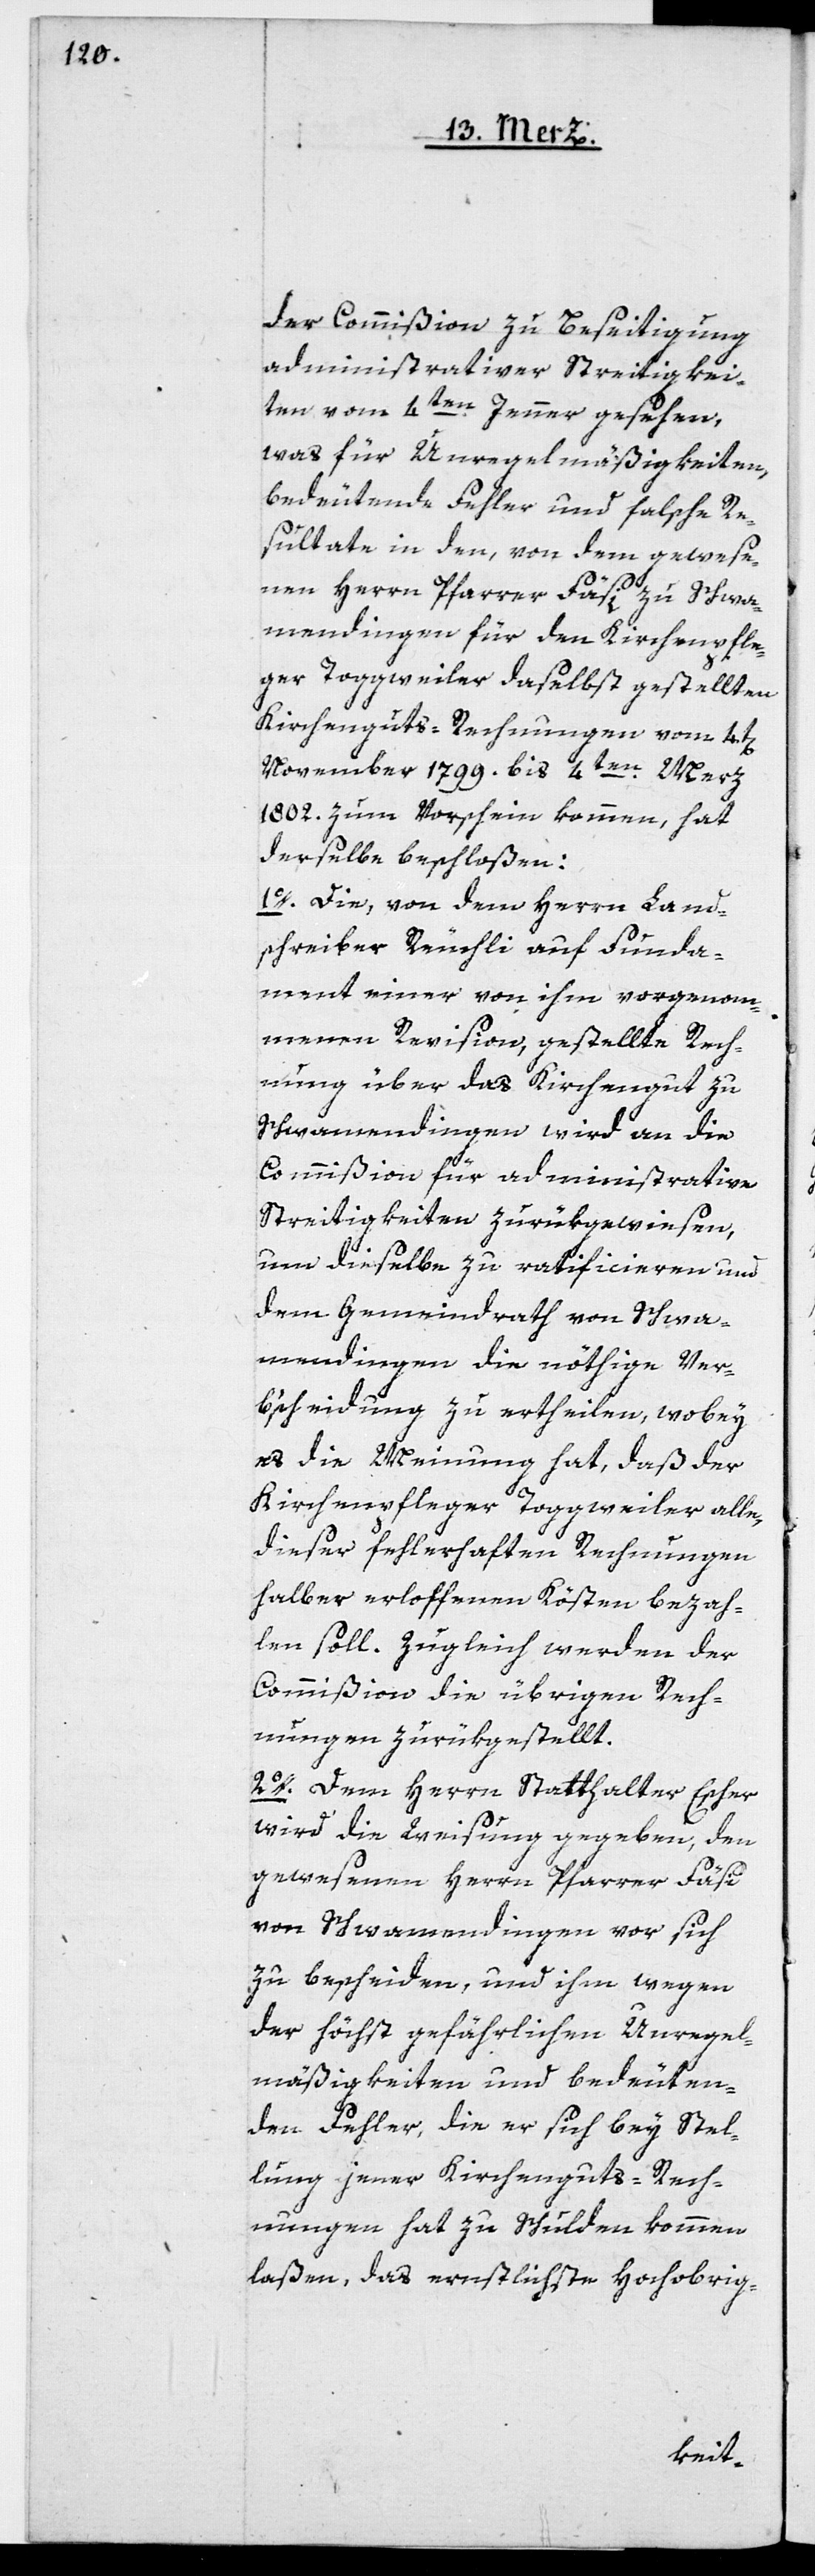
der Commißion zur Beseitigung
administrativer Streitigkei¬
ten vom 4ten Jenner gesehen,
was für Unregelmäßigkeiten,
bedeutende Fehler und falsche Re¬
sultate in den, von dem gewese¬
nen Herrn Pfarrer Fäsi zu Schwa¬
mendingen für den Kirchenpfle¬
ger Toggweiler daselbst gestellten
Kirchenguts-Rechnungen vom 4t[en]
November 1799. bis 4ten Merz
1802. zum Vorschein kommen, hat
derselbe beschloßen:
1o. Die, von dem Herrn Land¬
schreiber Reuchli auf Funda¬
ment einer von ihm vorgenom¬
menen Revision, gestellte Rech¬
nung über das Kirchengut zu
Schwamendingen, wird an die
Commißion für administrative
Streitigkeiten zurükgewiesen,
um dieselbe zu ratificieren und
dem Gemeindrath von Schwa¬
mendingen die nöthige Ver¬
bscheidung zu ertheilen, wobey
es die Meinung hat, daß der
Kirchenpfleger Toggweiler alle
dieser fehlerhaften Rechnungen
halber erloffenen Kösten bezah¬
len soll. Zugleich werden der
Commißion die übrigen Rech¬
nungen zurükgestellt.
2o. Dem Herrn Statthalter Escher
wird die Weisung gegeben, den
gewesenen Herrn Pfarrer Fäsi
von Schwamendingen vor sich
zu bescheiden, und ihm wegen
der höchst gefährlichen Unregel¬
mäßigkeiten und bedeuten¬
den Fehler, die er sich bey Stel¬
lung jener Kirchenguts-Rech¬
nungen hat zu Schulden kommen
laßen, das ernstlichste Hochobrig-